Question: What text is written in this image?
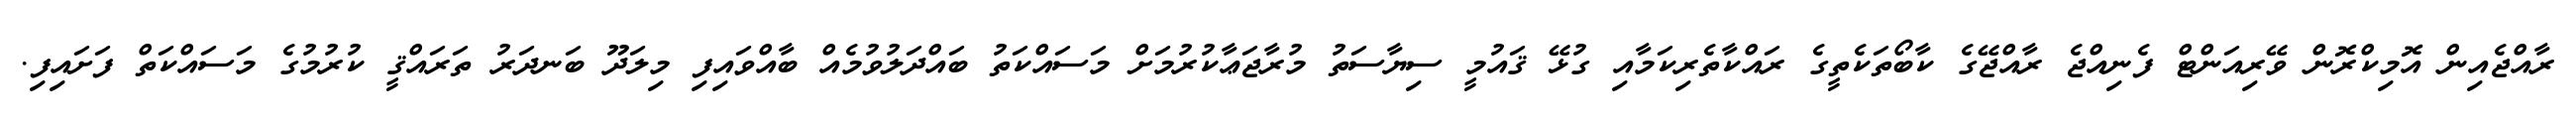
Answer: ރާއްޖެއިން އޮމިކްރޮން ވޭރިއަންޓް ފެނިއްޖެ ރާއްޖޭގެ ކާބޯތަކެތީގެ ރައްކާތެރިކަމާއި ގުޅޭ ޤައުމީ ސިޔާސަތު މުރާޖަޢާކުރުމަށް މަސައްކަތު ބައްދަލުވުމެއް ބާއްވައިފި މިލަދޫ ބަނދަރު ތަރައްޤީ ކުރުމުގެ މަސައްކަތް ފަށައިފި.